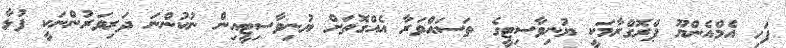
ފަހި އެމްއެންޔޫ ޕްރޮގްރާމަކީ ޔުނިވާސިޓީގެ ތަސައްވަރާ އެއްގޮތަށް ޔުނިވާސިޓީއިން ނުކުންނަ ދަރިވަރުންނަކީ ފުޅާ